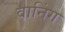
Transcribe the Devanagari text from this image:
वानिंग